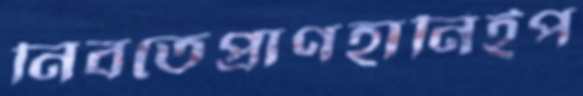
নিবতেপ্রাণহানিইপ